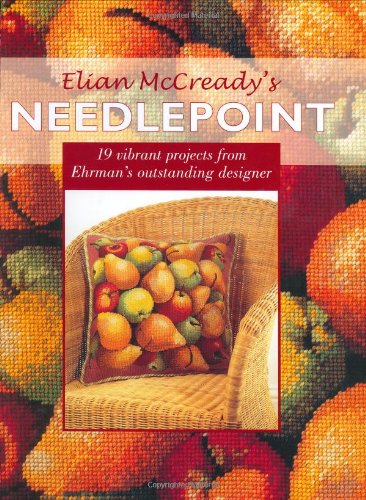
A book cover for Elian McCready's Needlepoint; Elian Mccready; Crafts, Hobbies & Home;